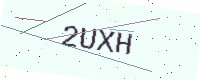
Text: 2UXH